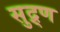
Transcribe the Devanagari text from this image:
सुद्र्ण